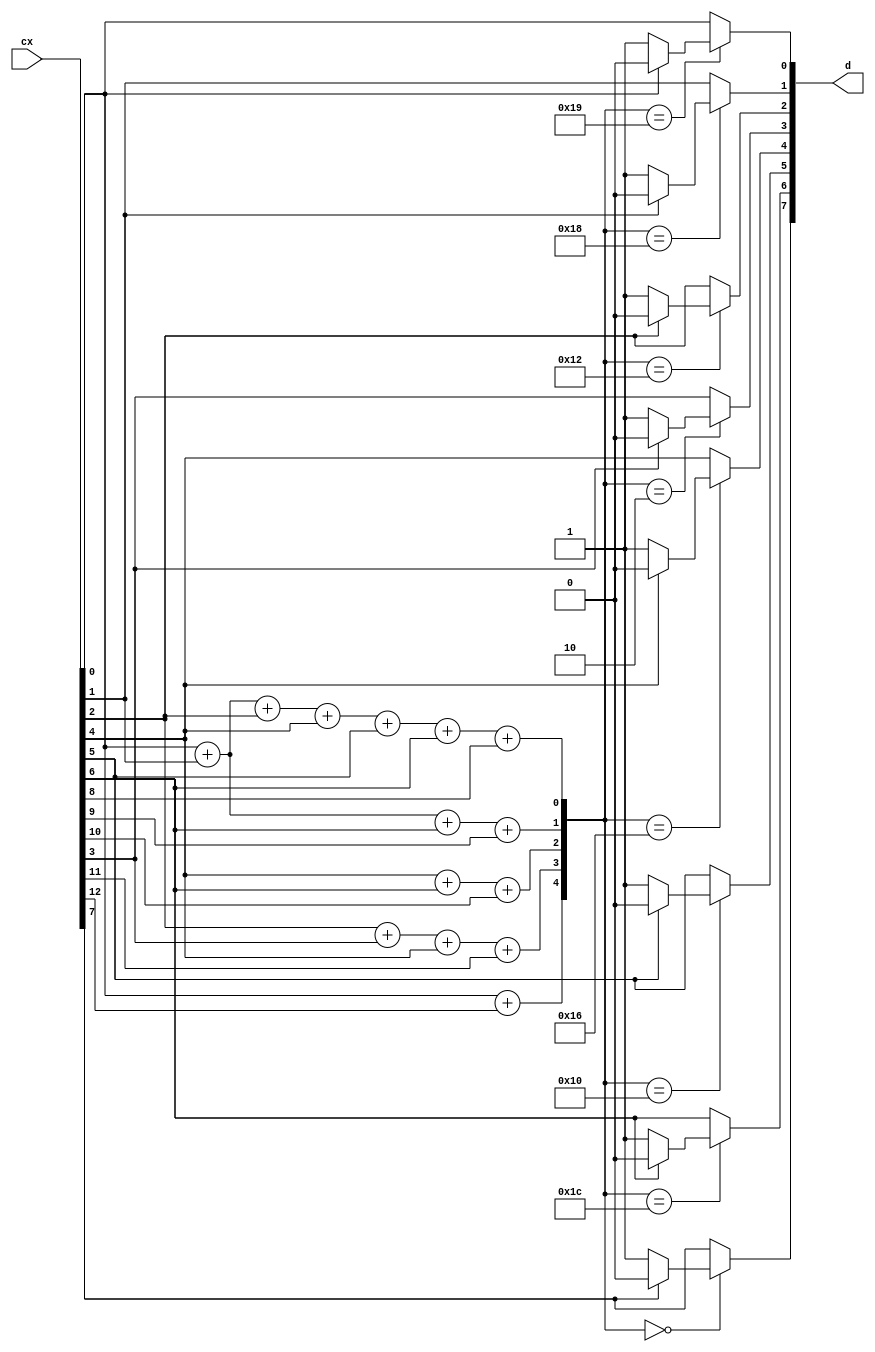
module decoder (cx,d);
	output [7:0] d;

	input [12:0] cx;

	reg [7:0] d;
	reg [4:0] s;
	reg [12:0] cx1;


	parameter s0 = 5'b11001;
	parameter s1 = 5'b11000;
	parameter s2 = 5'b10010;
	parameter s3 = 5'b00010;
	parameter s4 = 5'b10110;
	parameter s5 = 5'b10000;
	parameter s6 = 5'b11100;
	parameter s7 = 5'b00000;
	parameter s8 = 5'b10000;
	parameter s9 = 5'b01000;
	parameter s10 = 5'b00100;
	parameter s11 = 5'b00010;
	parameter s12 = 5'b00001;


	always @(cx)
	begin
		cx1[0] = cx[0];
		cx1[1] = cx[1];
		cx1[2] = cx[2];
		cx1[3] = cx[3];
		cx1[4] = cx[4];
		cx1[5] = cx[5];
		cx1[6] = cx[6];
		cx1[7] = cx[7];
		cx1[8] = cx[8];
		cx1[9] = cx[9];
		cx1[10] = cx[10];
		cx1[11] = cx[11];
		cx1[12] = cx[12];
		s[0]= cx[0]+ cx[1]+ cx[2]+ cx[4]+ cx[5]+ cx[6]+ cx[8];
		s[1]= cx[0]+ cx[1]+ cx[6]+ cx[9];
		s[2]= cx[4]+ cx[6]+ cx[10];
		s[3]= cx[2]+ cx[3]+ cx[4]+ cx[11];
		s[4]= cx[0]+ cx[12];



		case(s)
			s0:
				begin
					if(cx[0]==1'b0)
					begin
						cx1[0]=1'b1;
					end
					else
					begin
						cx1[0]=1'b0;
					end
				end
			s1:
				begin
					if(cx[1]==1'b0)
					begin
						cx1[1]=1'b1;
					end
					else
					begin
						cx1[1]=1'b0;
					end
				end
			s2:
				begin
					if(cx[2]==1'b0)
					begin
						cx1[2]=1'b1;
					end
					else
					begin
						cx1[2]=1'b0;
					end
				end
			s3:
				begin
					if(cx[3]==1'b0)
					begin
						cx1[3]=1'b1;
					end
					else
					begin
						cx1[3]=1'b0;
					end
				end
			s4:
				begin
					if(cx[4]==1'b0)
					begin
						cx1[4]=1'b1;
					end
					else
					begin
						cx1[4]=1'b0;
					end
				end
			s5:
				begin
					if(cx[5]==1'b0)
					begin
						cx1[5]=1'b1;
					end
					else
					begin
						cx1[5]=1'b0;
					end
				end
			s6:
				begin
					if(cx[6]==1'b0)
					begin
						cx1[6]=1'b1;
					end
					else
					begin
						cx1[6]=1'b0;
					end
				end
			s7:
				begin
					if(cx[7]==1'b0)
					begin
						cx1[7]=1'b1;
					end
					else
					begin
						cx1[7]=1'b0;
					end
				end
			s8:
				begin
					if(cx[8]==1'b0)
					begin
						cx1[8]=1'b1;
					end
					else
					begin
						cx1[8]=1'b0;
					end
				end
			s9:
				begin
					if(cx[9]==1'b0)
					begin
						cx1[9]=1'b1;
					end
					else
					begin
						cx1[9]=1'b0;
					end
				end
			s10:
				begin
					if(cx[10]==1'b0)
					begin
						cx1[10]=1'b1;
					end
					else
					begin
						cx1[10]=1'b0;
					end
				end
			s11:
				begin
					if(cx[11]==1'b0)
					begin
						cx1[11]=1'b1;
					end
					else
					begin
						cx1[11]=1'b0;
					end
				end
			s12:
				begin
					if(cx[12]==1'b0)
					begin
						cx1[12]=1'b1;
					end
					else
					begin
						cx1[12]=1'b0;
					end
				end
			default:
				begin
					cx1[0]=cx[0];
					cx1[1]=cx[1];
					cx1[2]=cx[2];
					cx1[3]=cx[3];
					cx1[4]=cx[4];
					cx1[5]=cx[5];
					cx1[6]=cx[6];
					cx1[7]=cx[7];
					cx1[8]=cx[8];
					cx1[9]=cx[9];
					cx1[10]=cx[10];
					cx1[11]=cx[11];
					cx1[12]=cx[12];
				end
		endcase
		d[0] = cx1[0];
		d[1] = cx1[1];
		d[2] = cx1[2];
		d[3] = cx1[3];
		d[4] = cx1[4];
		d[5] = cx1[5];
		d[6] = cx1[6];
		d[7] = cx1[7];
	end
endmodule